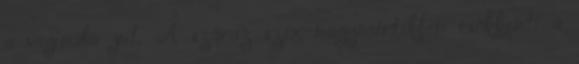
a vaginába jut. A száraz szex nagymértékben csökkenti a